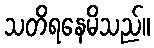
သတိရနေမိသည်။